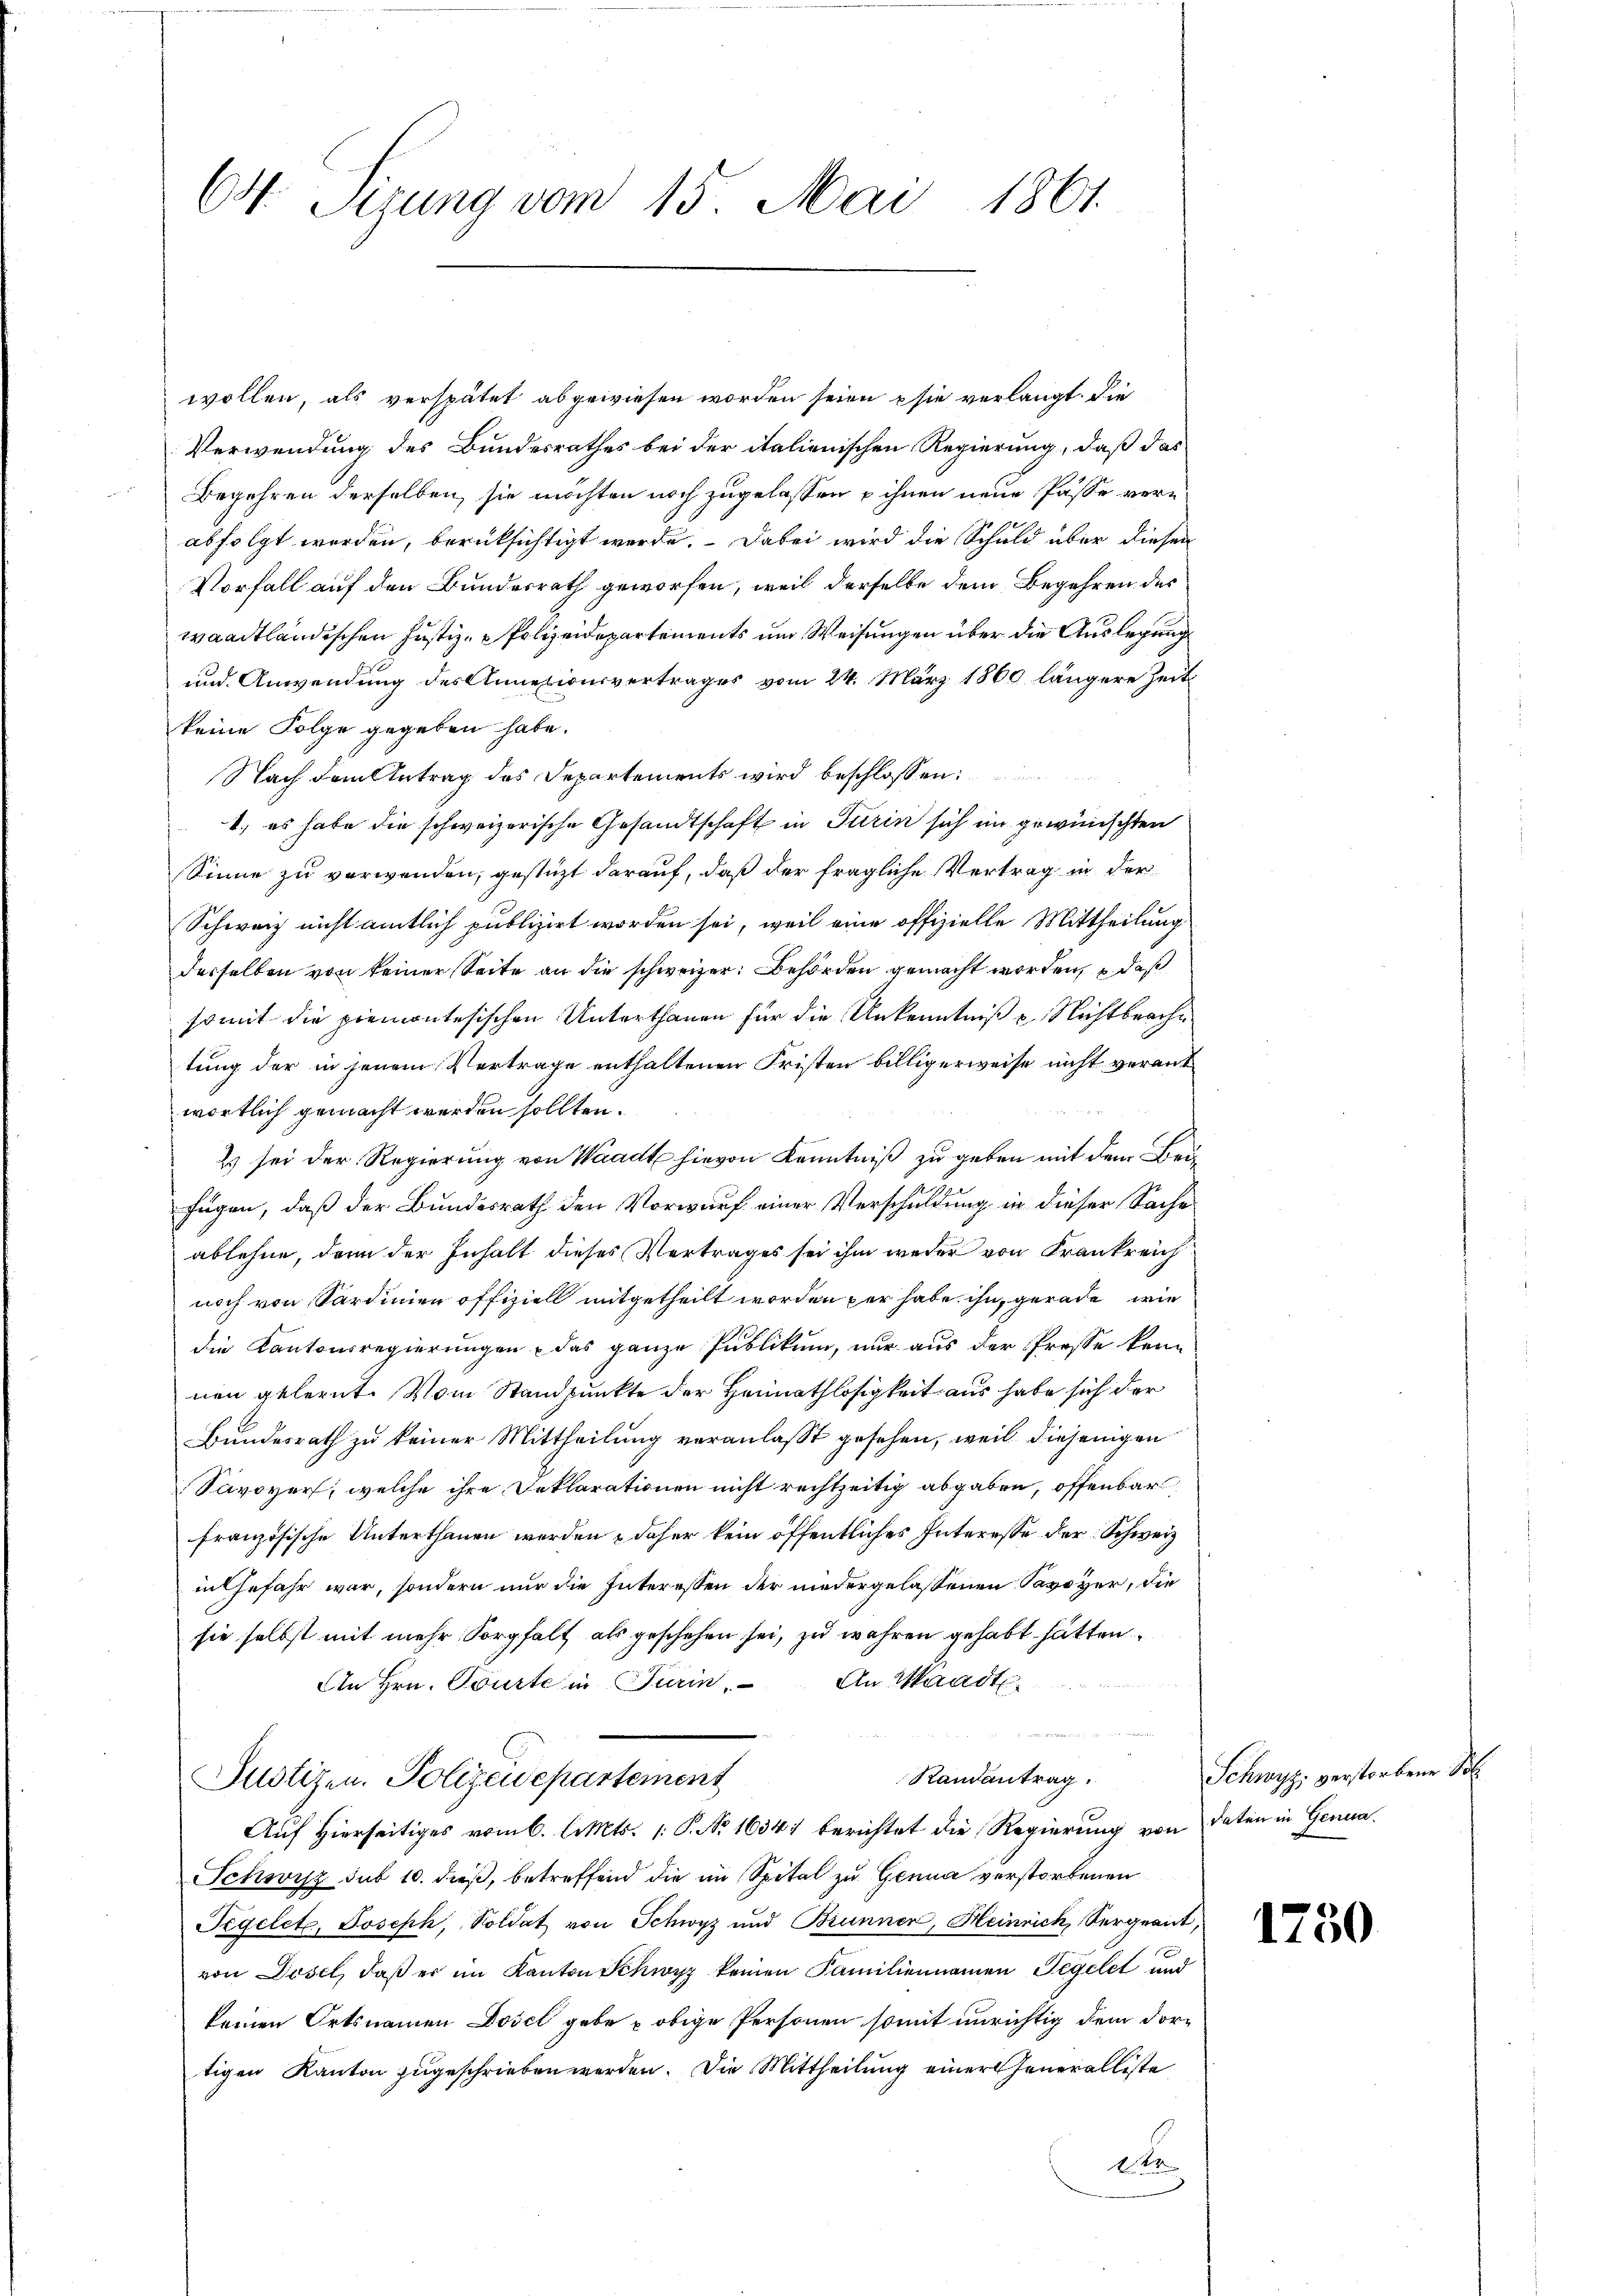
1861.
ON Sizung vom 15. Mai

wollen, als verspätet abgewiesen worden seien sie verlangt. Die
Verwendung des Bundesrathes bei der italienischen Regierung, daß das
Begehren derselben, sie möchten noch zugelassen u ihnen neue Pässe vere
abfolgt worden, berüksichtigt werde. Dabei wird die Schuld über diesen
Vorfall auf den Bundesrath geworfen, weil derselbe dem Begehren des
waadtländischen Justiz-Polizeidepartements und Weisungen über die Auslegung
und Anwendung des Annexionsvertrages vom 24. März 1860 längere Zeit
keine Folge gegeben habe.
Nach dem Antrag des Departements wird beschlossen:
1. es habe die schweizerische Gesandtschaft in Turin sich im gewünschten
Sinne zu verwenden, gestüzt darauf, daß der fragliche Vertrag in der
Schweiz nicht amtlich publizirt worden sei, weil eine offizielle Mittheilung
desselben von keiner Seite an die schweizer. Behörden gemacht worden, u. daß
somit die premontesischen Unterthanen für die Unkenntniß u. Nichtbeachtung der in jenem Vertrage enthaltenen Fristen billigerweise nicht verant
wortlich gemacht werden sollten.
2 sei der Regierung von Waadt hievon Kenntniß zu geben mit dem Bei
fügen, daß der Bundesrath den Vorwurf einer Verschuldung in dieser Sache
ablehne, denn der Inhalt dieses Vertrages sei ihm weder von Frankreich
noch von Sardinien offiziell mitgetheilt worden per habe ihn, gerade, wie
die Kantonsregierungen, das ganze Publikum, nur aus der Presse kenn
nen gelernt. Vom Standpunkte der Heimathlosigkeit aus habe sich der
Bundesrath zu keiner Mittheilung veranlasst gesehen, weil diejenigen
Savoyer, welche ihre Deklarationen nicht rechtzeitig abgaben, offenbar
französische Unterthanen werden & daher kein öffentliches Interesse der Schweiz
in Gefahr war, sondern nur die Interessen der niedergelassenen Savoyer, die
sie selbst mit mehr Sorgfalt als geschehen sei, zu wahren gehabt hätten.
An Hrn. Tourte in Turin. An Waadt
Randantrag.
Justizen. Polizeidepartement
Auf Hierseitiges vom 6. Mts. 1. P. No. 1634 berichtet die Regierung von daten in Genua
Schwisz sub 10. dieß, betreffend die im Spital zu Genua verstorbenen
Tegelete, Joseph, Soldat von Schwyz und Brunnen, Heinrich, Sergeant,
von Dösel, daß er im Kanton Schwyz keinen Familiennamen Tegelet und
keinen Ortsnamen Dosel gebe u obige Personen somit unrichtig dem dortigen Kanton zugeschrieben werden. Die Mittheilung einer Generalliste
1er

Schwyz. verstorbene Sch

1750